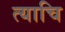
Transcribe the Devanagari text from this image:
त्याचि